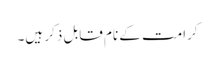
کرامت کے نام قابل ذکر ہیں۔